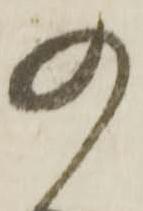
の